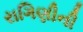
રાગિણીની